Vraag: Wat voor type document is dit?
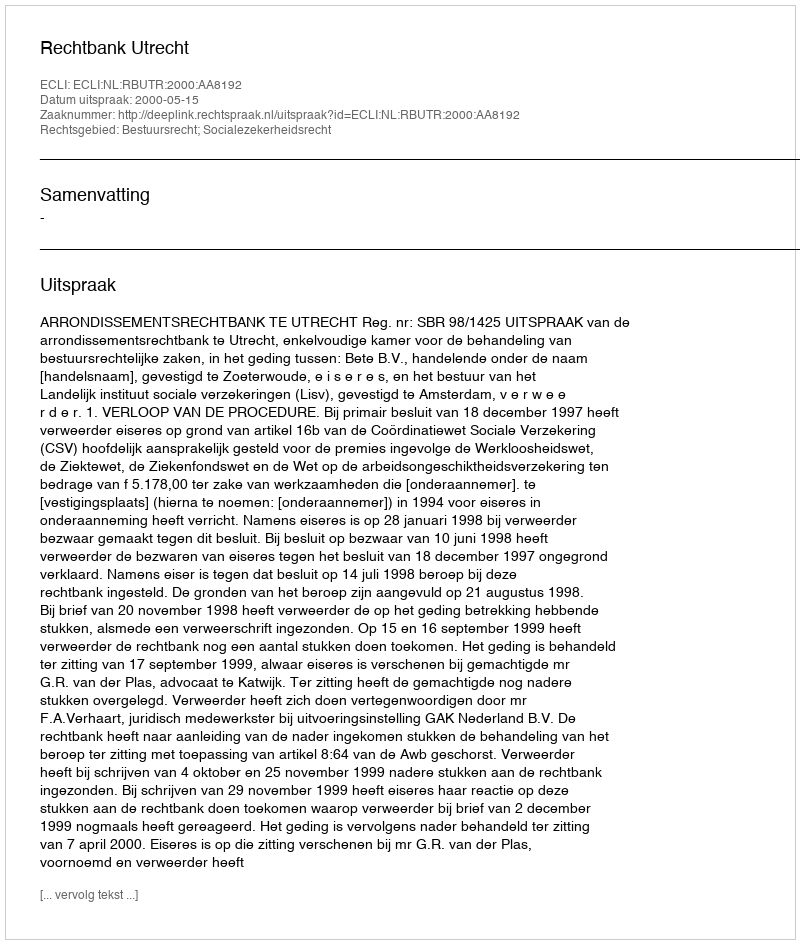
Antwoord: Uitspraak